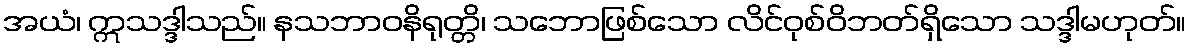
အယံ၊ ဣသဒ္ဒါသည်။ နသဘာဝနိရုတ္တိ၊ သဘောဖြစ်သော လိင်ဝုစ်ဝိဘတ်ရှိသော သဒ္ဒါမဟုတ်။